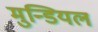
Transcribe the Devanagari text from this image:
मुन्डियल